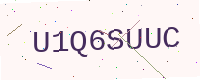
Text: U1Q6SUUC